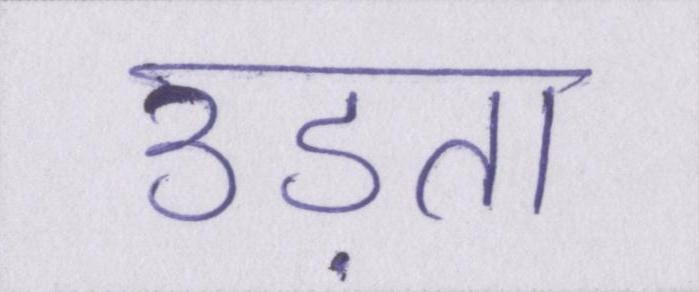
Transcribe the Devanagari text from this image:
उड़ता